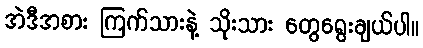
အဲဒီအစား ကြက်သားနဲ့ သိုးသား တွေရွေးချယ်ပါ။